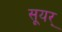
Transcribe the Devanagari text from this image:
सूयर्